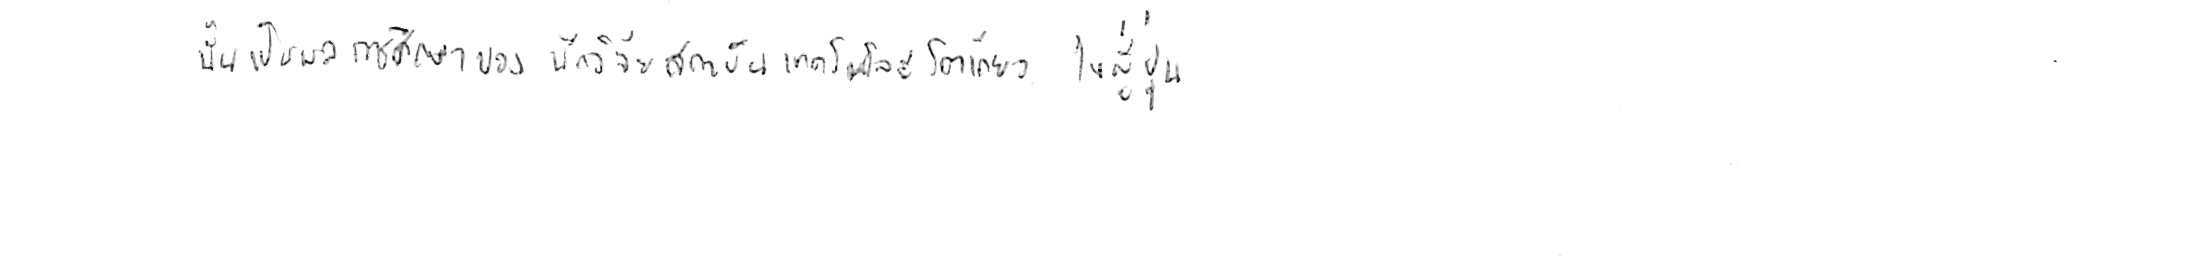
นั่นเป็นผลการศึกษาของนักวิจัยสถาบันเทคโนโลยีโตเกียว ในญี่ปุ่น